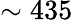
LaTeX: \sim 435